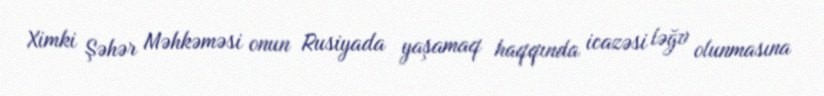
Ximki Şəhər Məhkəməsi onun Rusiyada yaşamaq haqqında icazəsi ləğv olunmasına